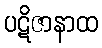
ပဋိဇာနာထ